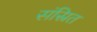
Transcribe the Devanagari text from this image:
संस्रित